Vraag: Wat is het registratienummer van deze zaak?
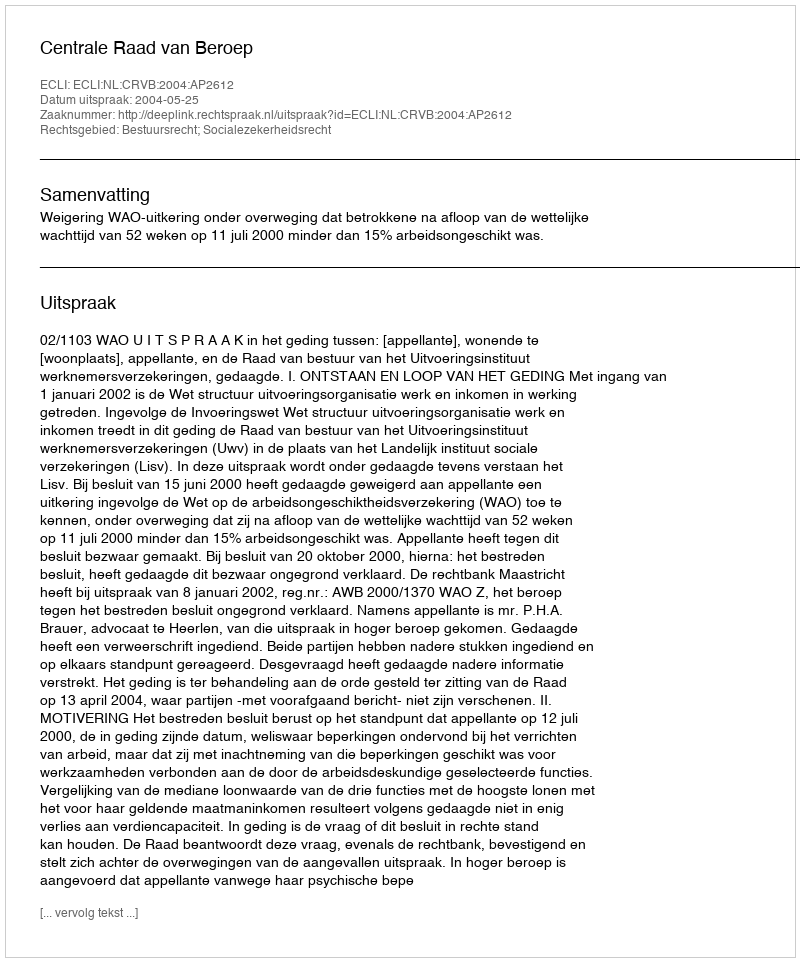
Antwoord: http://deeplink.rechtspraak.nl/uitspraak?id=ECLI:NL:CRVB:2004:AP2612